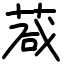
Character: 葴